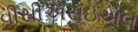
વીસીએસઇએલ